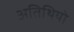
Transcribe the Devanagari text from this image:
अतिथियो